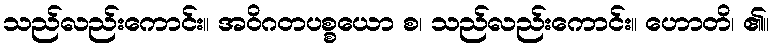
သည်လည်းကောင်း။ အဝိဂတပစ္စယော စ၊ သည်လည်းကောင်း။ ဟောတိ၊ ၏။